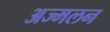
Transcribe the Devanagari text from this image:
अज्मलन